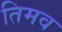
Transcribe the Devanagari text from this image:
तिमव